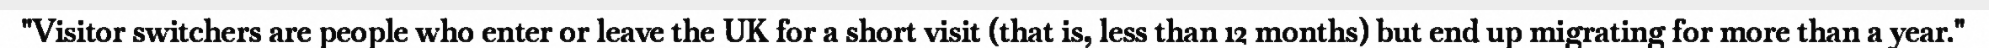
"Visitor switchers are people who enter or leave the UK for a short visit (that is, less than 12 months) but end up migrating for more than a year."